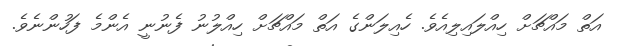
އަތް މައްޗަށް ހިއްލައިލިއެވެ. ހެއިލަންގެ އަތް މައްޗަށް ހިއްލުނު ފެނުނީ އެންމެ ފަހުންނެވެ.